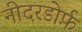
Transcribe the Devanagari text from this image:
नीदरडोर्फ़